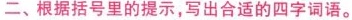
二、根据括号里的提示，写出合适的四字词语。